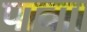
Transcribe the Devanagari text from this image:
पावा।